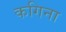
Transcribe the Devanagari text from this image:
कगिना